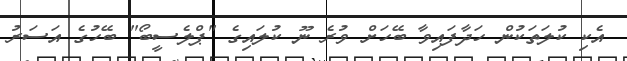
އެކި ކުލަތަކުން ހަދާފައިވާ ބޭހަށް ވުރެ ނޫ ކުލައިގެ "ޕްލެސީބޯ" ބޭހުގެ އަސަރު